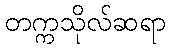
တက္ကသိုလ်ဆရာ